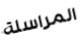
المراسلة